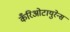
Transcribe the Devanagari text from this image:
कँरिओटायुरेन्स